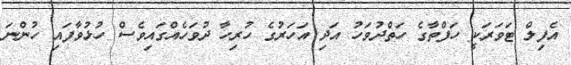
އެފިލް ޓަވަރަކީ ހަފްތާގެ ހަތްދުވަހު އަދި އަހަރުގެ ހުރިހާ ދުވަހެއްގައިވެސް ހުޅުވާފައި ހުންނަ